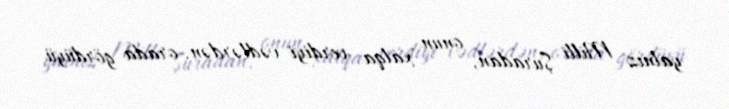
yalnız Milli Şuradan, onun xalqa verdiyi vədlərdən, orada gördüyü